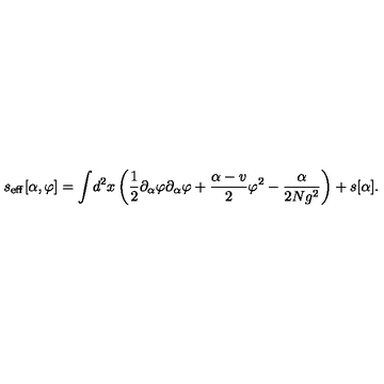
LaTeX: s _ { \mathrm { e f f } } [ \alpha , \varphi ] = \int \! d ^ { 2 } x \left( { \frac { 1 } { 2 } } \partial _ { \alpha } \varphi \partial _ { \alpha } \varphi + { \frac { \alpha - v } { 2 } } \varphi ^ { 2 } - { \frac { \alpha } { 2 N g ^ { 2 } } } \right) + s [ \alpha ] .